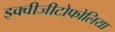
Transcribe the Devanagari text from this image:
इक्वीजीटोफोलिया